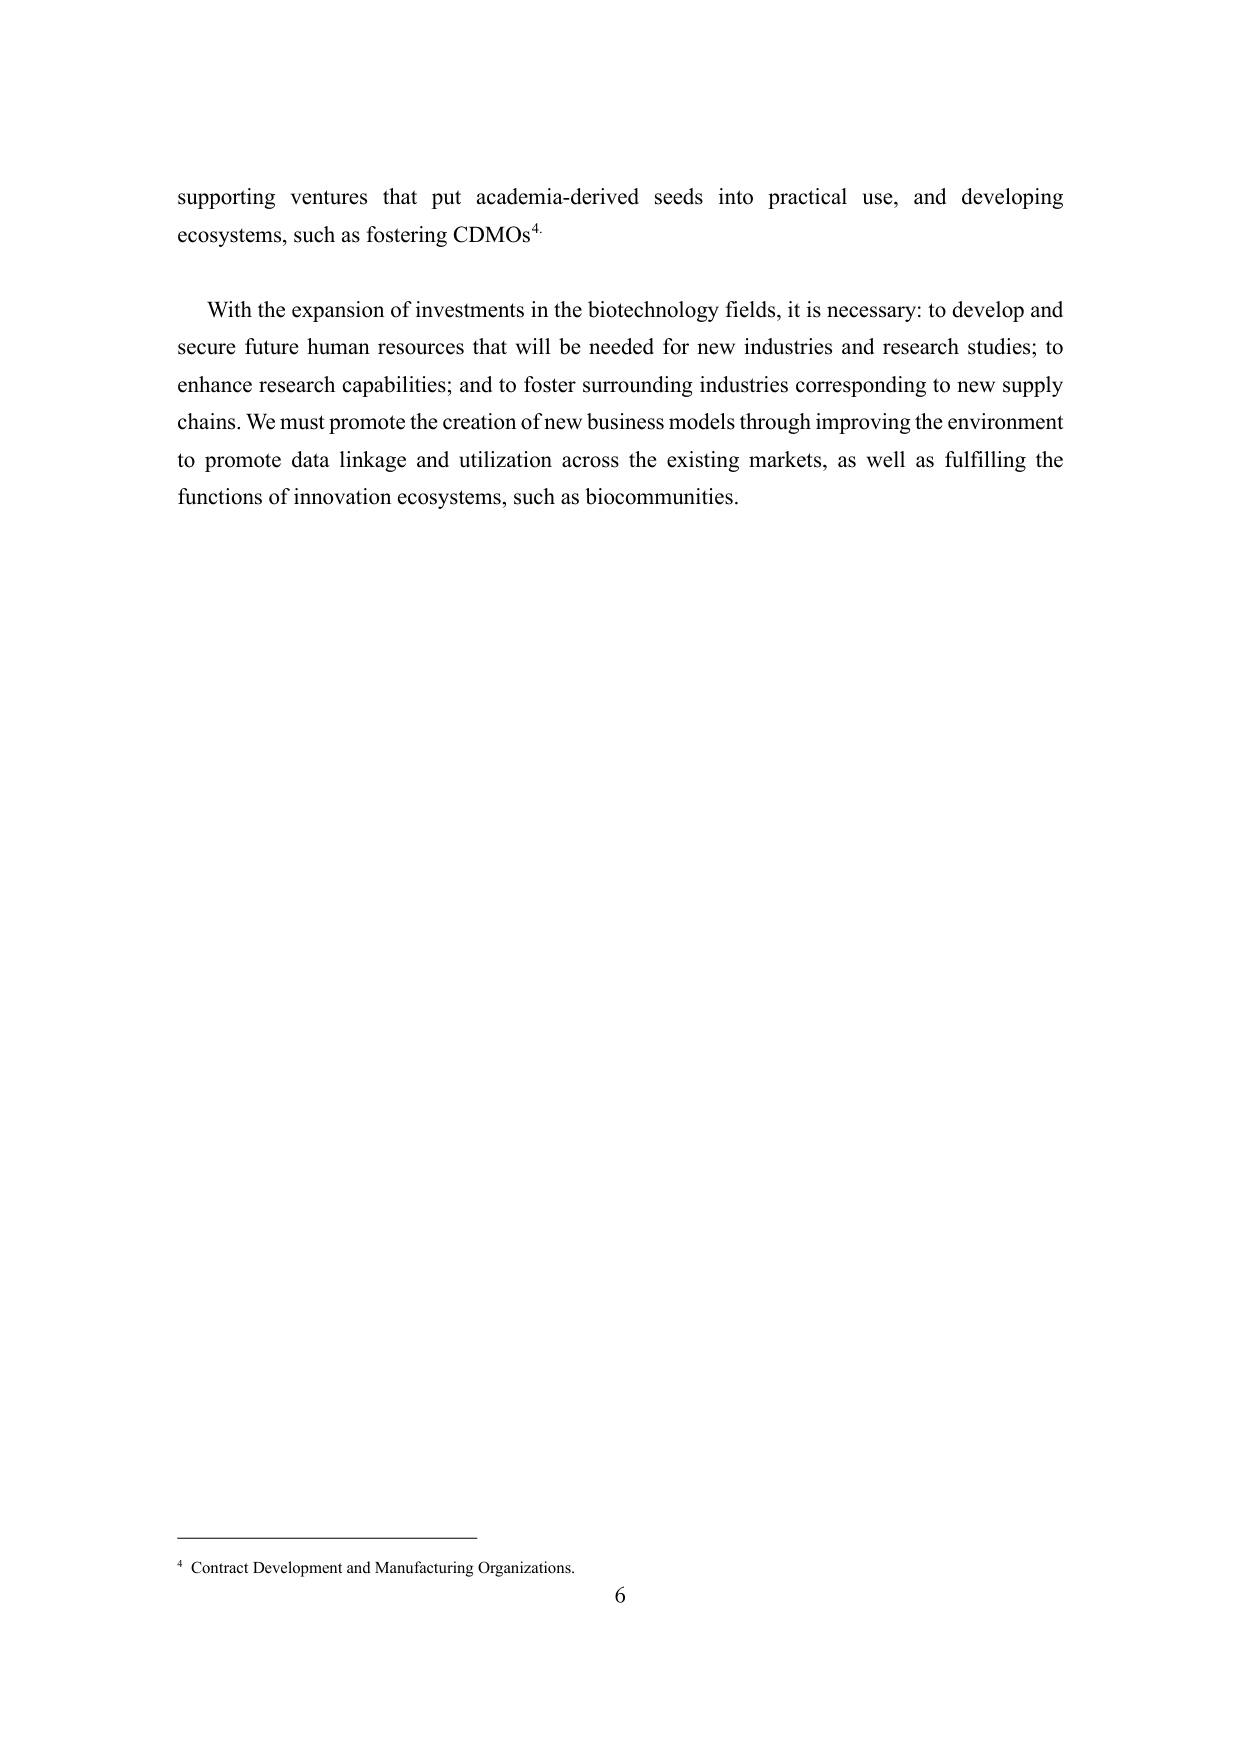
supporting ventures that put academia-derived seeds into practical use, and developing ecosystems, such as fostering CDMOs⁴.

With the expansion of investments in the biotechnology fields, it is necessary: to develop and secure future human resources that will be needed for new industries and research studies; to enhance research capabilities; and to foster surrounding industries corresponding to new supply chains. We must promote the creation of new business models through improving the environment to promote data linkage and utilization across the existing markets, as well as fulfilling the functions of innovation ecosystems, such as biocommunities.

⁴ Contract Development and Manufacturing Organizations.
6